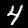
Digit: 4